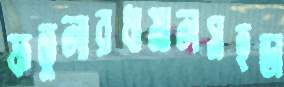
ফতুলারধামালসহডা